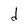
Character: d